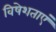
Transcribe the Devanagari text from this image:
विषेशताएं